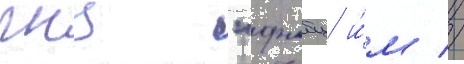
гнц "фмбц и́м //